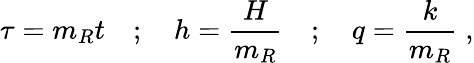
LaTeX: \tau=m_{R}t\quad;\quad h=\frac{H}{m_{R}}\quad;\quad q=\frac{k}{m_{R}}\; ,